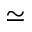
\simeq